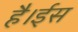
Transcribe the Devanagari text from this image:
है।ईस